Vaccine operations Central Provinces 1900-1911 - 1900-1911
Year: 1900
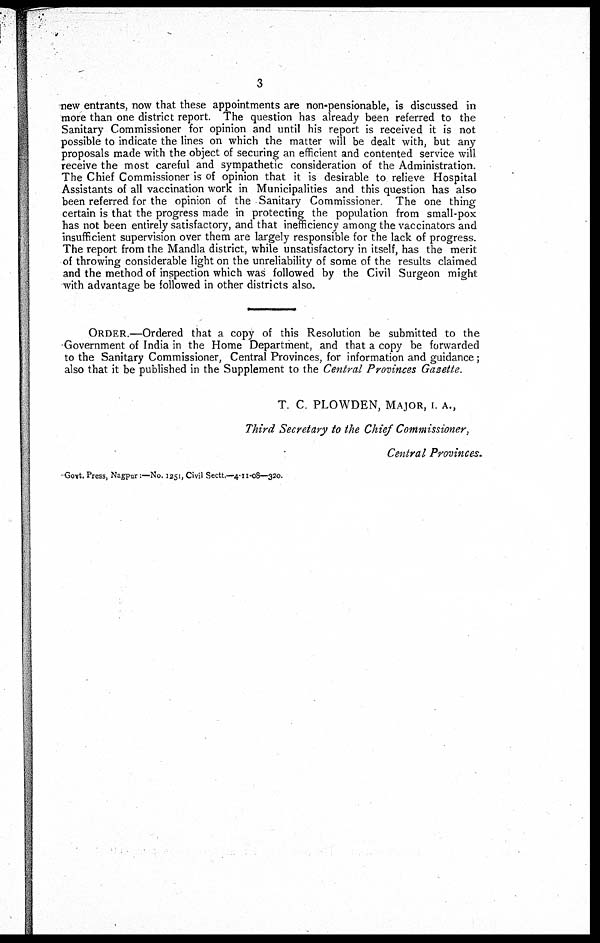
3
new entrants, now that these appointments are non-pensionable, is discussed in
more than one district report. The question has already been referred to the
Sanitary Commissioner for opinion and until his report is received it is not
possible to indicate the lines on which the matter will be dealt with, but any
proposals made with the object of securing an efficient and contented service will
receive the most careful and sympathetic consideration of the Administration.
The Chief Commissioner is of opinion that it is desirable to relieve Hospital
Assistants of all vaccination work in Municipalities and this question has also
been referred for the opinion of the Sanitary Commissioner The one thing
certain is that the progress made in protecting the population from small-pox
has not been entirely satisfactory, and that inefficiency among the vaccinators and
insufficient supervision over them are largely responsible for the lack of progress.
The report from the Mandla district, while unsatisfactory in itself, has the merit
of throwing considerable light on the unreliability of some of the results claimed
and the method of inspection which was followed by the Civil Surgeon might
with advantage be followed in other districts also.
ORDER.—Ordered that a copy of this Resolution be submitted to the
Government of India in the Home Department, and that a copy be forwarded
to the Sanitary Commissioner, Central Provinces, for information and guidance;
also that it be published in the Supplement to the Central Provinces Gazette.
T. C. PLOWDEN, MAJOR, I. A.,
Third Secretary to the Chief Commissioner,
Central Provinces.
Govt. Press, Nagpur:—No. 1251, Civil Sectt—4-11-08—320.